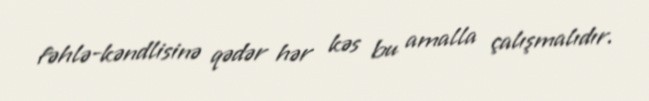
fəhlə-kəndlisinə qədər hər kəs bu amalla çalışmalıdır.